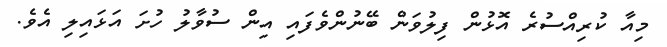
މިއާ ކުރިއްސުރެ އޮޅުން ފިލުވަން ބޭނުންވެފައި އިން ސުވާލު ހުށަ އަޅައިލި އެވެ.